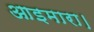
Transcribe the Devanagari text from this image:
आइमारा।